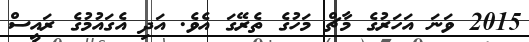
2015 ވަނަ އަހަރުގެ މާޗް މަހުގެ ތެރޭގަ އެވެ. އަދި އެގައުމުގެ ރައީސް